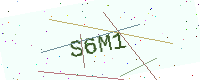
Text: S6M1